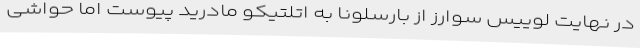
در نهایت لوییس سوارز از بارسلونا به اتلتیکو مادرید پیوست اما حواشی